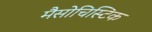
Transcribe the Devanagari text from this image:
मैसोचिस्टिक